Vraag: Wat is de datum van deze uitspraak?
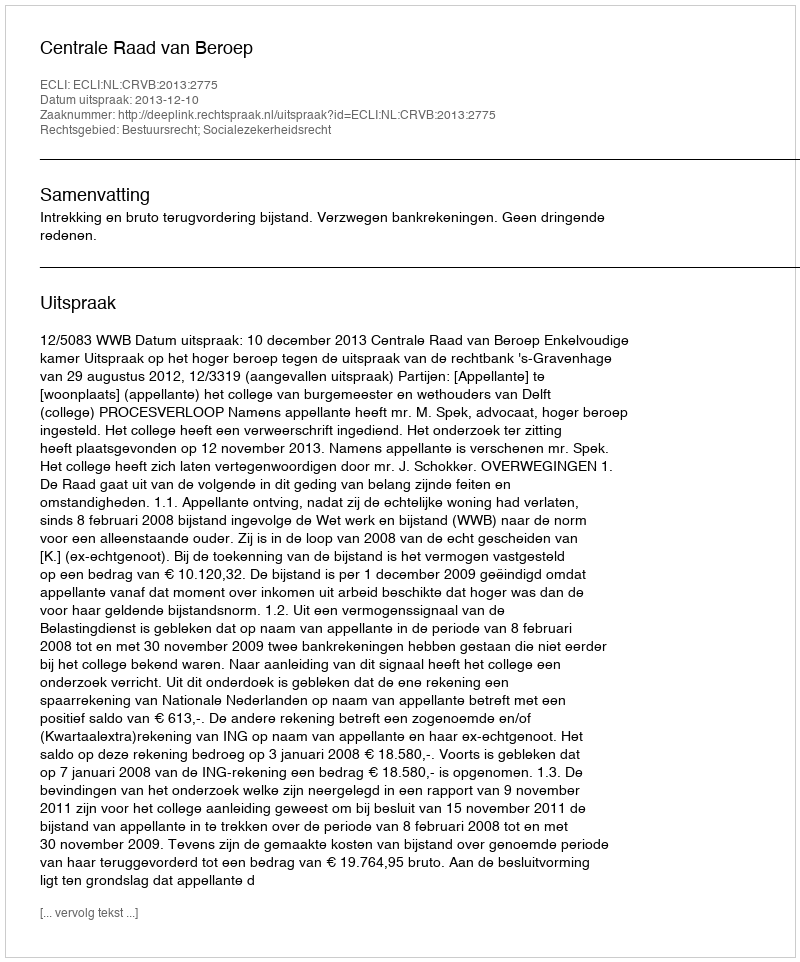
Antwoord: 2013-12-10